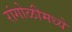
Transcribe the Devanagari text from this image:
रांगोळीमध्ये